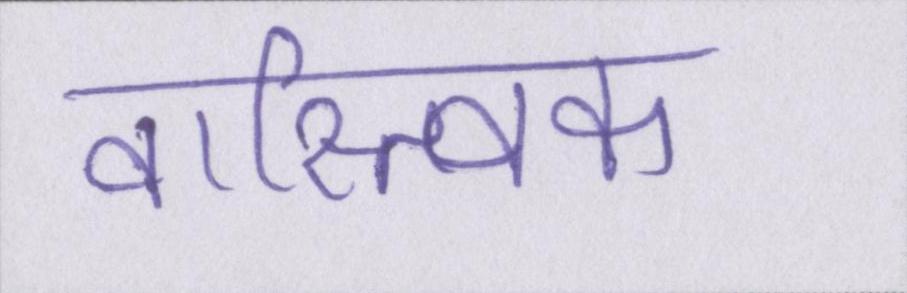
वास्त्विक